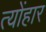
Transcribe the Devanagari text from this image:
त्योंहार